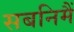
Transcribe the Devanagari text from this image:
सबनिमैं